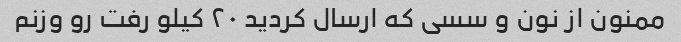
ممنون از نون و سسی که ارسال کردید ۲۰ کیلو رفت رو وزنم